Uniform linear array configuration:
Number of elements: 12
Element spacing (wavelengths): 0.5
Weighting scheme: exponential
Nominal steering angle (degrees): -30
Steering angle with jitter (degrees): -30.734
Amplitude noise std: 0.05
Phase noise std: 0.05

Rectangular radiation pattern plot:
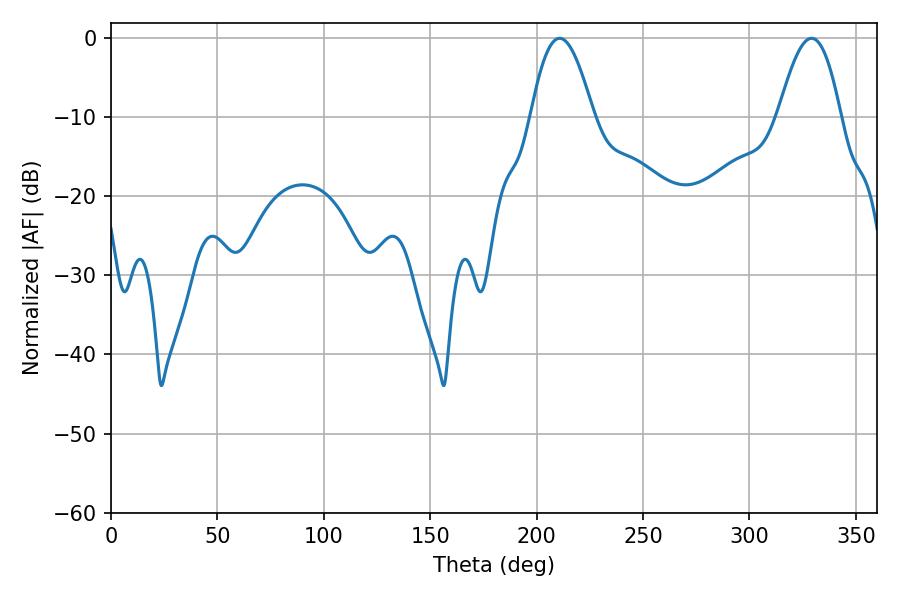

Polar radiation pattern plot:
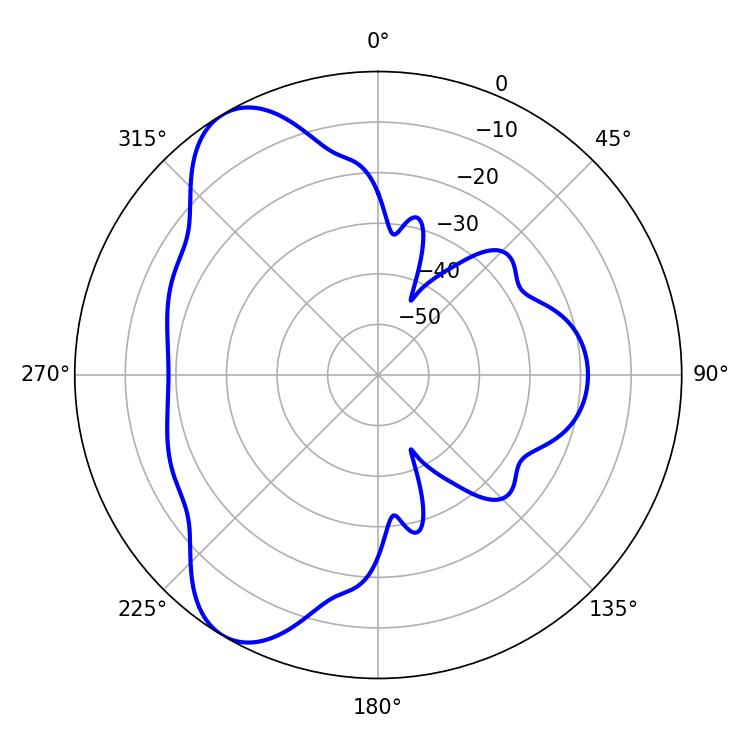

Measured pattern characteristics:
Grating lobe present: FALSE
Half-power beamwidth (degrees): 15.84
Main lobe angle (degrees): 329.22